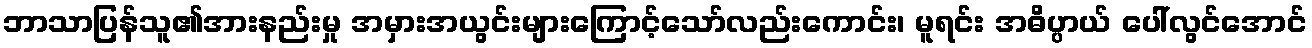
ဘာသာပြန်သူ၏အားနည်းမှု အမှားအယွင်းများကြောင့်သော်လည်းကောင်း၊ မူရင်း အဓိပ္ပာယ် ပေါ်လွင်အောင်